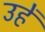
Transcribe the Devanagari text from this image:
उहें